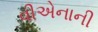
વીએનાની